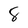
Character: 8